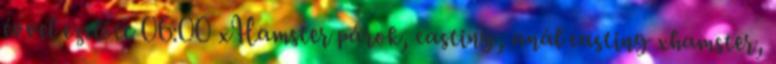
évvel ezelőtt 06:00 xHamster párok, casting, anál casting xhamster,